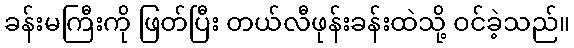
ခန်းမကြီးကို ဖြတ်ပြီး တယ်လီဖုန်းခန်းထဲသို့ ဝင်ခဲ့သည်။